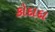
કોદાદા